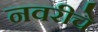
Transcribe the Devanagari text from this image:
नवरीचे